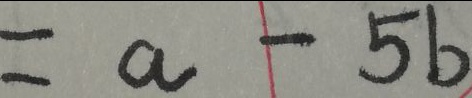
= a - 5 b